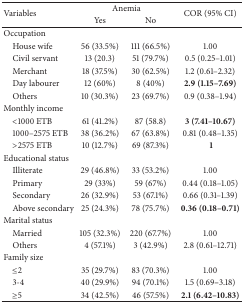
| <ROWSPAN=2> Variables | <COLSPAN=2> Anemia | <ROWSPAN=2> COR (95% CI) |
 | Yes | No |
 | --- | --- | --- | --- |
 | Occupation |  |  |  |
 | House wife | 56 (33.5%) | 111 (66.5%) | 1.00 |
 | Civil servant | 13 (20.3) | 51 (79.7%) | 0.5 (0.25–1.01) |
 | Merchant | 18 (37.5%) | 30 (62.5%) | 1.2 (0.61–2.32) |
 | Day labourer | 12 (60%) | 8 (40%) | 2.9 (1.15–7.69) |
 | Others | 10 (30.3%) | 23 (69.7%) | 0.9 (0.38–1.94) |
 | Monthly income |  |  |  |
 | <1000 ETB | 61 (41.2%) | 87 (58.8) | 3 (7.41–10.67) |
 | 1000–2575 ETB | 38 (36.2%) | 67 (63.8%) | 0.81 (0.48–1.35) |
 | >2575 ETB | 10 (12.7%) | 69 (87.3%) | 1 |
 | Educational status |  |  |  |
 | Illiterate | 29 (46.8%) | 33 (53.2%) | 1.00 |
 | Primary | 29 (33%) | 59 (67%) | 0.44 (0.18–1.05) |
 | Secondary | 26 (32.9%) | 53 (67.1%) | 0.66 (0.31–1.39) |
 | Above secondary | 25 (24.3%) | 78 (75.7%) | 0.36 (0.18–0.71) |
 | Marital status |  |  |  |
 | Married | 105 (32.3%) | 220 (67.7%) | 1.00 |
 | Others | 4 (57.1%) | 3 (42.9%) | 2.8 (0.61–12.71) |
 | Family size |  |  |  |
 | ≤2 | 35 (29.7%) | 83 (70.3%) | 1.00 |
 | 3-4 | 40 (29.9%) | 94 (70.1%) | 1.5 (0.69–3.18) |
 | ≥5 | 34 (42.5%) | 46 (57.5%) | 2.1 (6.42–10.83) |